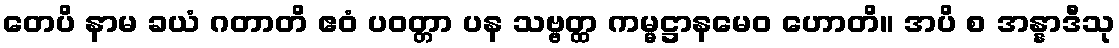
တေပိ နာမ ခယံ ဂတာတိ ဧဝံ ပဝတ္တာ ပန သဗ္ဗတ္ထ ကမ္မဋ္ဌာနမေဝ ဟောတိ။ အပိ စ အန္နာဒီသု